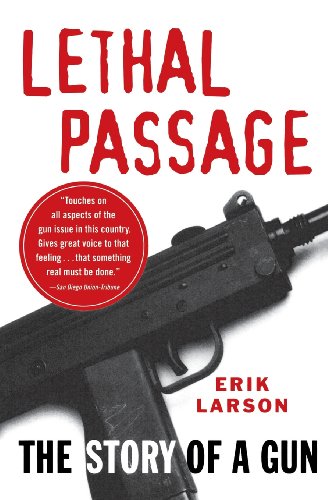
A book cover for Lethal Passage: The Story of a Gun; Erik Larson; Biographies & Memoirs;